Report on sanitation, dispensaries, and jails in Rajputana for 1916, and on vaccination for the year 1916-1917 - 1916-1917
Year: 1916
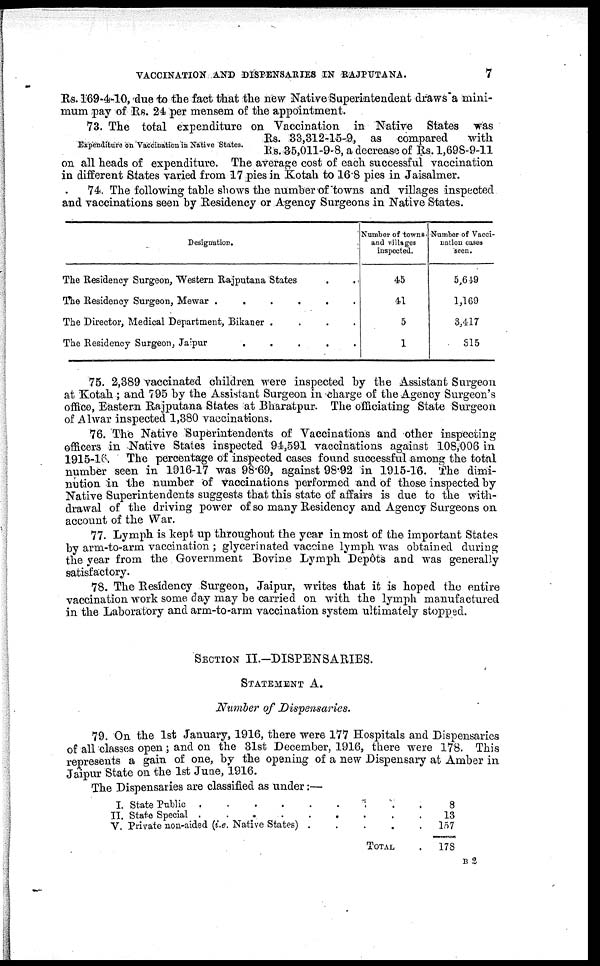
VACCINATION AND DISPENSARIES IN RAJPUTANA.
7
Rs. 169-4-10, due to the fact that the new Native Superintendent draws a mini-
mum pay of Rs. 24 per mensem of the appointment.
Expenditure on Vaccination in Native States.
73. The total expenditure on Vaccination in Native States was
Rs. 33,312-15-9, as compared
with
Rs. 35,011-9-8, a decrease of Rs. 1,698-9-11
on all heads of expenditure. The average cost of each successful vaccination
in different States varied from 17 pies in Kotah to 16.8 pies in Jaisalmer.
74. The following table shows the number of towns and villages inspected
and vaccinations seen by Residency or Agency Surgeons in Native States.
Designation.
The Residency Surgeon, Western Rajputana States . .
The Residency Surgeon, Mewar
.
.
.
.
.
.
The Director, Medical Department, Bikaner .
. . .
The Residency Surgeon, Jaipur
.
.
.
.
.
Number of towns
and villages
inspected.
45
41
5
1
Number of Vacci-
nation cases
seen.
5,649
1,169
3,417
315
75. 2,389 vaccinated children were inspected by the Assistant Surgeon
at Kotah ; and 795 by the Assistant Surgeon in charge of the Agency Surgeon's
office, Eastern Rajputana States at Bharatpur. The officiating State Surgeon
of Alwar inspected 1,380 vaccinations.
76. The Native Superintendents of Vaccinations and other inspecting
officers in Native States inspected 94,591 vaccinations against 108,006 in
1915-16. The percentage of inspected cases found successful among the total
number seen in 1916-17 was 98.69, against 98.92 in 1915-16. The dimi-
nution in the number of vaccinations performed and of those inspected by
Native Superintendents suggests that this state of affairs is due to the with-
drawal of the driving power of so many Residency and Agency Surgeons on
account of the War.
77. Lymph is kept up throughout the year in most of the important States
by arm-to-arm vaccination ; glycerinated vaccine lymph was obtained during
the year from the Government Bovine Lymph Depôts and was generally
satisfactory.
78. The Residency Surgeon, Jaipur, writes that it is hoped the entire
vaccination work some day may be carried on with the lymph manufactured
in the Laboratory and arm-to-arm vaccination system ultimately stopped.
SECTION II.—DISPENSARIES.
STATEMENT A.
Number of Dispensaries.
79. On the 1st January, 1916, there were 177 Hospitals and Dispensaries
of all classes open ; and on the 31st December, 1916, there were 178. This
represents a gain of one, by the opening of a new Dispensary at Amber in
Jaipur State on the 1st June, 1916.
The Dispensaries are classified as under:—
I.
II.
V.
State Public
State Special
.........
Private non-aided (i.e. Native States)
.....
TOTAL .
8
13
157
178
B 2